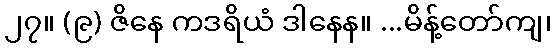
၂၇။ (၉) ဇိနေ ကဒရိယံ ဒါနေန။ ...မိန့်တော်ကျ၊